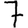
Digit: 7